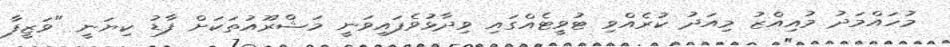
މުހައްމަދު މުއިއްޒު މިއަދު ކުރެއްވި ޓުވީޓެއްގައި ވިދާޅުވެފައިވަނީ މަޝްރޫއުތަކަށް ފާޑު ކިޔަނީ "ވަޒީފާ